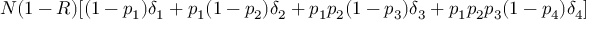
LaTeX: N ( 1 - R ) [ ( 1 - p _ { 1 } ) \delta _ { 1 } + p _ { 1 } ( 1 - p _ { 2 } ) \delta _ { 2 } + p _ { 1 } p _ { 2 } ( 1 - p _ { 3 } ) \delta _ { 3 } + p _ { 1 } p _ { 2 } p _ { 3 } ( 1 - p _ { 4 } ) \delta _ { 4 } ]